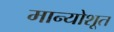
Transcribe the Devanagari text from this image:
मान्योशूत